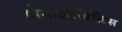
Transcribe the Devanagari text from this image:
होमोइहैबिलिस